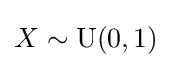
X\sim {\textrm {U}}(0,1)